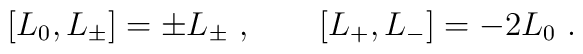
[L_0, L_{\pm}] = \pm L_{\pm} \ , \qquad [L_+, L_-] = -2 L_0 \ .